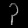
Digit: ၃